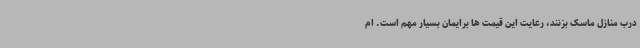
درب منازل ماسک بزنند، رعایت این قیمت ها برایمان بسیار مهم است. ام